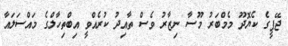
ޖޭޕީގެ ކެޔޮދޫ މެމްބަރު މޫސާ ނިޒާރު ވެސް ތާއިދު ކުރެއްވީ އިބްތިހާލްގެ މައްސަލައާ